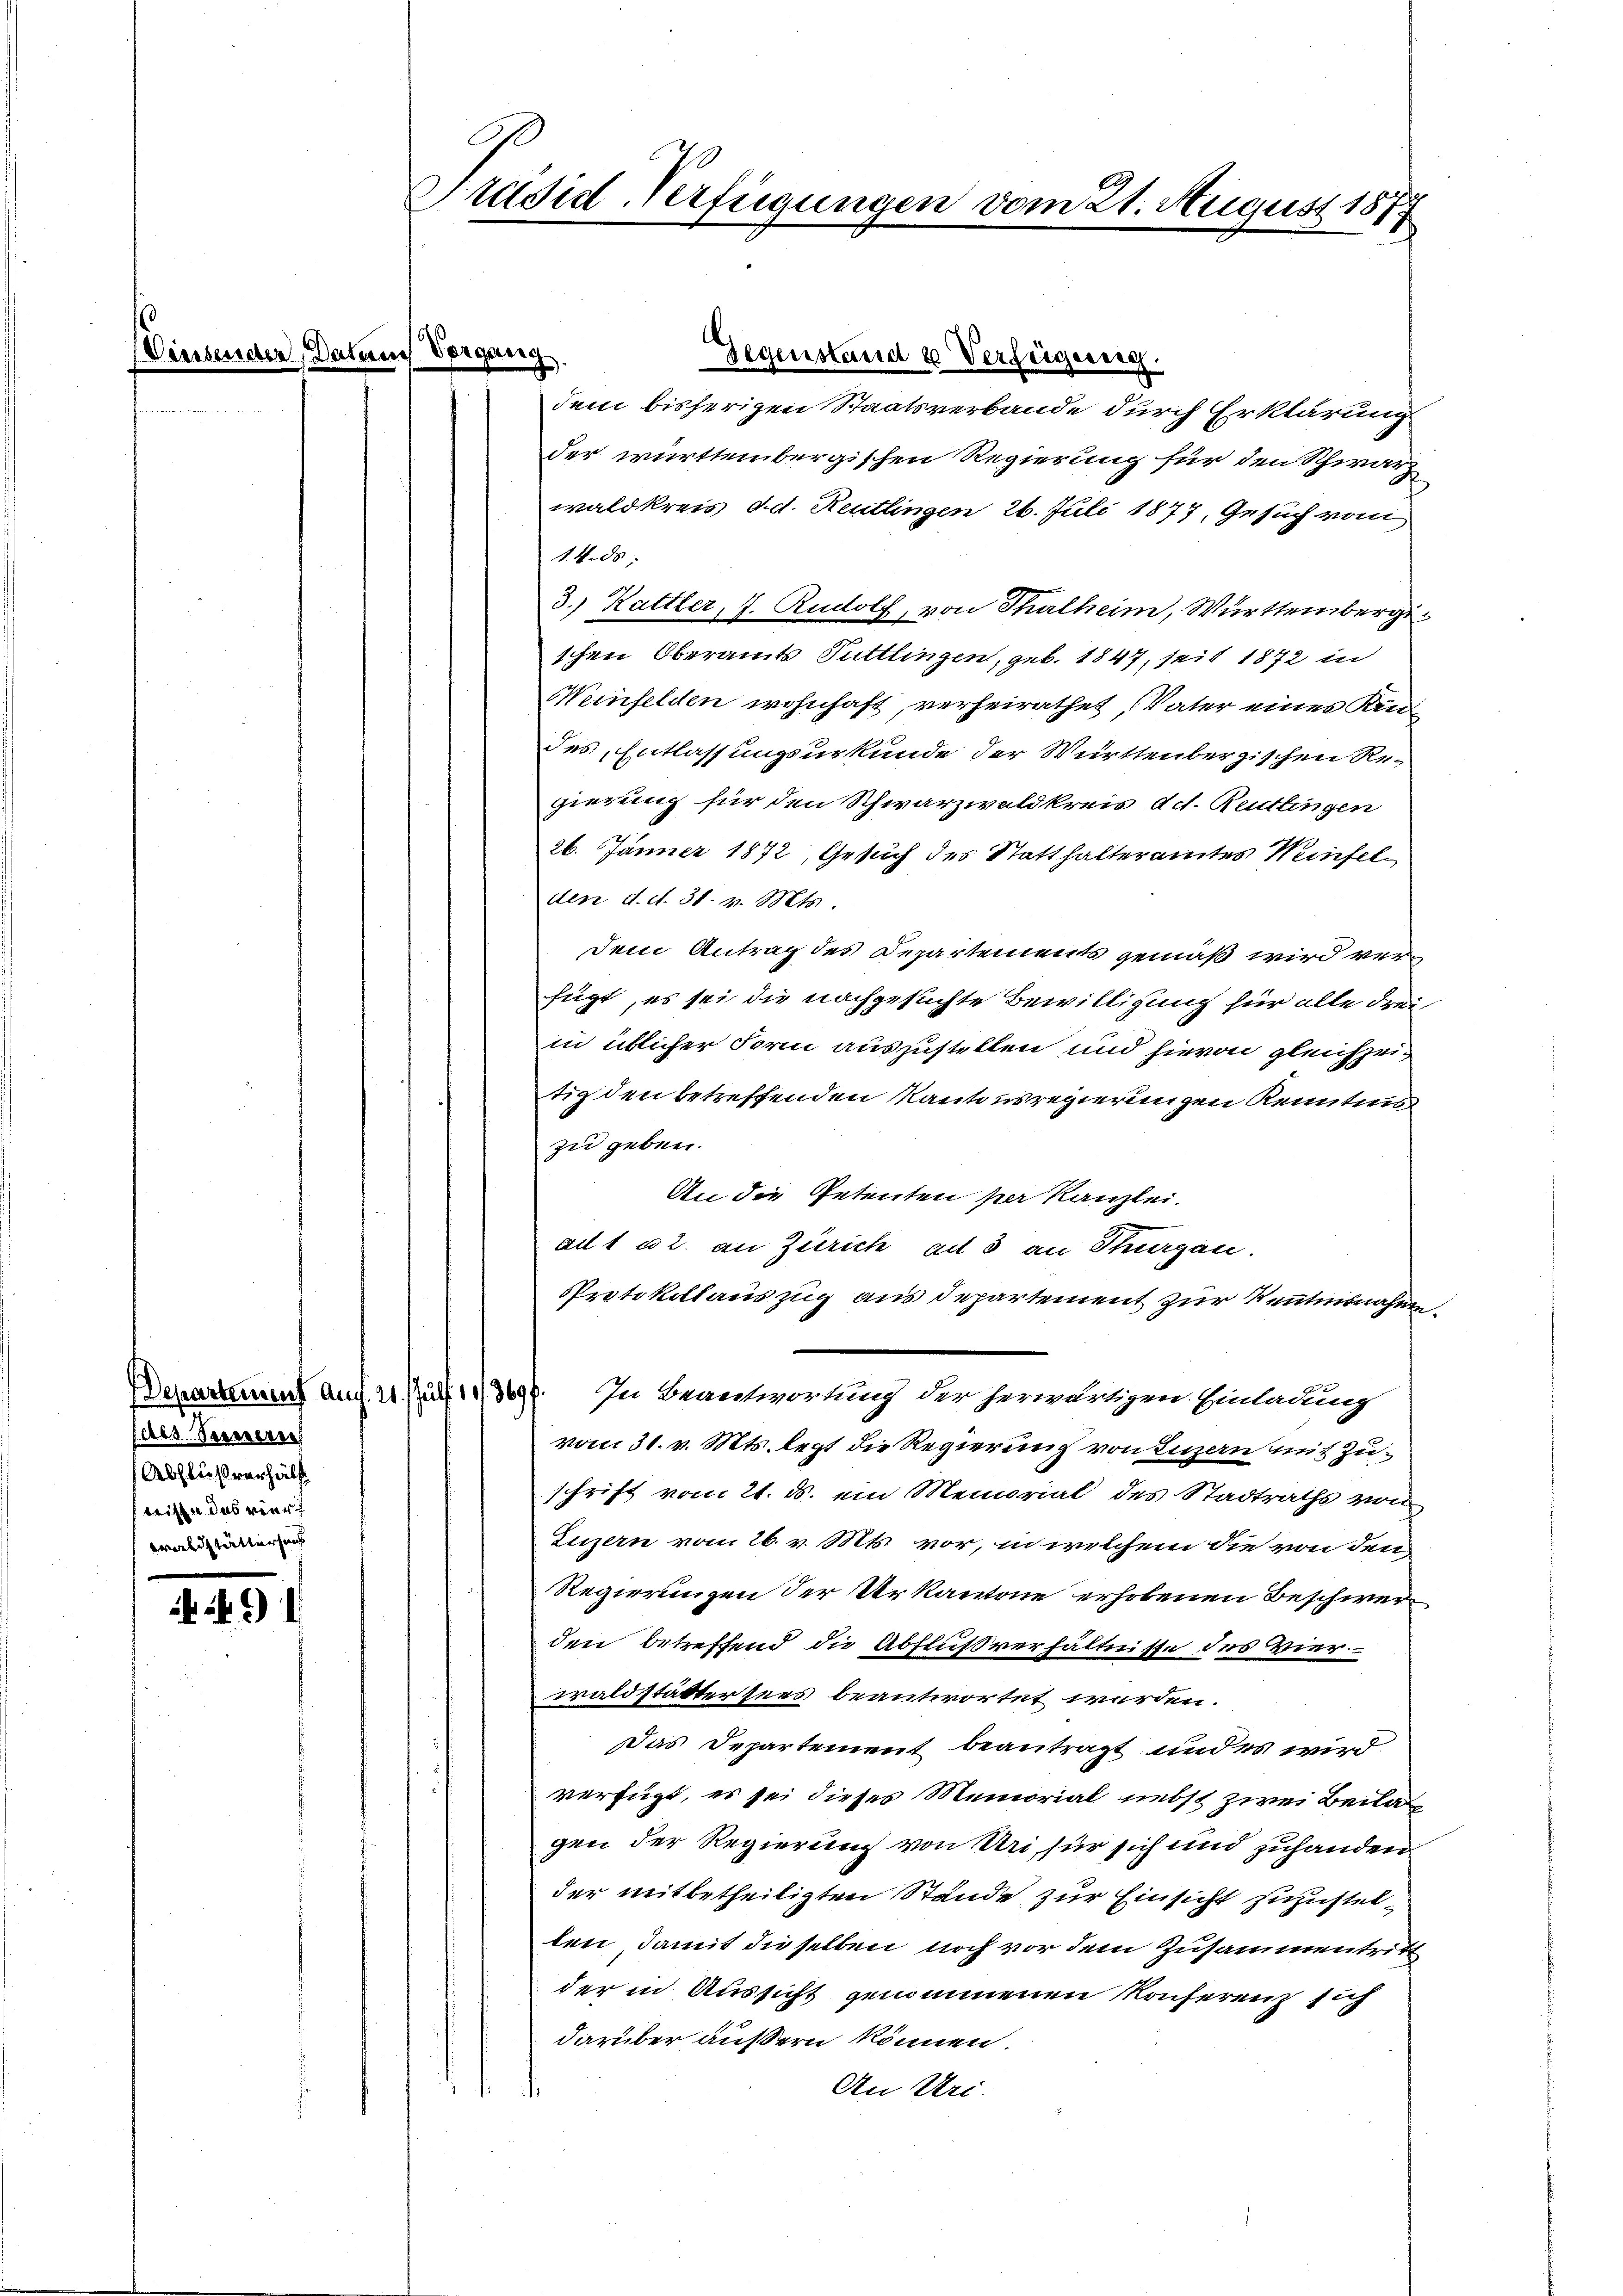
Dieser

ches Serenbrech
Abflußverhält
wisse das vierz
Waldstätterhaus

9

Präsid-Verfügungen vom 21. August 1877

jenig

dem bisherigen Staatsverbande durch Erklärung
der württembergischen Regierung für den Schwarz
waldkreis d. d. Reutlingen 26. Juli 1877, Gesuch von
14.ds.
3.) Kattler, J. Rudolf, von Thalheim, Württembergischen Oberamts Tuttlingen, geb. 1847, seit 1872 in
Weinfelden wohnhaft, verheirathet, Vater eines Kin
des Entlassungsurkunde der Württenbergischen Re-
gierung für den Schwarzwaldkreis ad. Reutlingen
26. Jänner 1872, Gesuch des Statthalteramtes Weinfelden d. d. 31. v. Mts.
dem Antrag des Departements gemäß wird verfügt, es sei die nachgesuchte Bewilligung für alle dreiin üblicher Form auszustellen und hievon gleichzeitig den betreffenden Kantonsregierungen Kenntnis
zu geben.
An die Petenten per Kanzlei.
ad1 u 2. an Zürich ad 3 an Thurgau.
Protokollauszug aus Departement zur Kenntnisnahme
Departement auf. 21. Juli 193697. In Beantwortung der herwärtigen Einladung
vom 31. v. Mts. legt die Regierung von Luzern mit Zuschrift vom 21. ds. ein Memorial des Stadtraths von
Luzern vom 26. v. Mts. vor, in welchem die von den
Regierungen der Urkantone erhobenen Beschwerden betreffend die Abflußverhältnisse des Vierwaldstätter sees beantwortet werden.
Das Departement beantragt und es wird
verfügt, es sei dieses Memorial nebst zwei Beila
gen der Regierung von Uri für sich und zuhanden
der mitbetheiligten Stände zur Einsicht zuzustelten, damit dieselben noch vor dem Zusammentritt
der in Aussicht genommenen Konferenz sich
darüber äußern können.
An Uri:

Gegenstand u Verfügung.